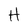
Character: H